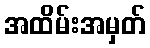
အထိမ်းအမှတ်